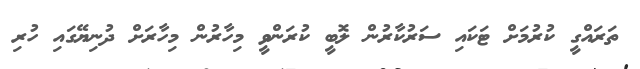
ތަރައްގީ ކުރުމަށް ޓަކައި ސަރުކާރުން ލޮބީ ކުރަންވީ މިހާރުން މިހާރަށް ދުނިޔޭގައި ހުރި